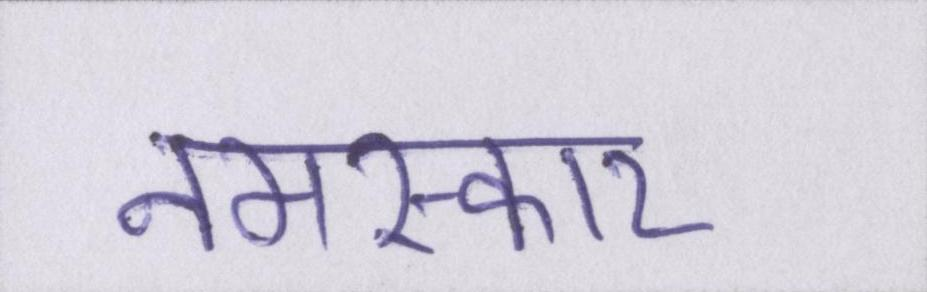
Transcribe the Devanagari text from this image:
नमस्कार